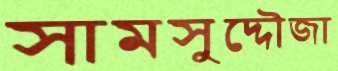
সামসুদ্দৌজা